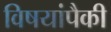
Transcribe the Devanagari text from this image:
विषयांपैकी